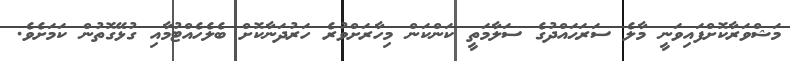
މަޝްވަރާކޮށްފައިވަނީ މާލެ ސަރަޙައްދުގެ ސަލާމަތީ ކަންކަން މިހާރަށްވުރެ ހަރުދަނާކޮށް ބެލެހެއްޓުމާއި ގުޅޭގޮތުން ކަމަށެވެ.